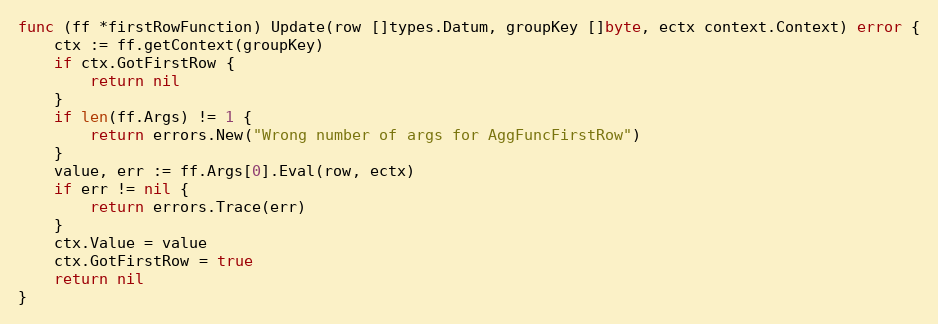
Language: Go
func (ff *firstRowFunction) Update(row []types.Datum, groupKey []byte, ectx context.Context) error {
	ctx := ff.getContext(groupKey)
	if ctx.GotFirstRow {
		return nil
	}
	if len(ff.Args) != 1 {
		return errors.New("Wrong number of args for AggFuncFirstRow")
	}
	value, err := ff.Args[0].Eval(row, ectx)
	if err != nil {
		return errors.Trace(err)
	}
	ctx.Value = value
	ctx.GotFirstRow = true
	return nil
}